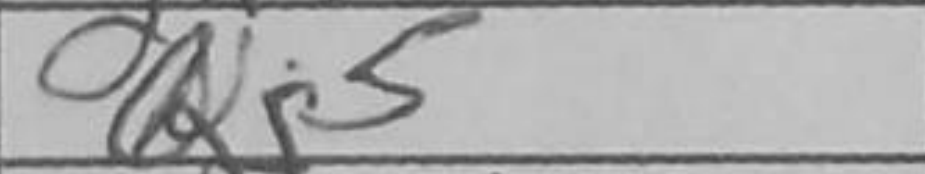
Transcription: Qg5